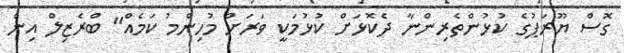
ގޮސް ޔޫރަޕުގެ ކުޅުންތެރިންނާ ދެކޮޅަށް ކުޅުމަކީ ވަރަށް މުހިންމު ކަމެއް" ބްރެޒިލް އިން